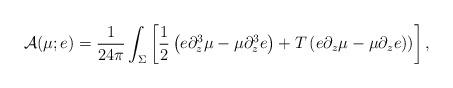
LaTeX: \begin{align*}{\cal A}(\mu;e)={1\over 24\pi}\int_\Sigma\left[{1\over 2} \left(e\partial_z^3\mu-\mu\partial_z^3 e\right)+T\left(e\partial_z\mu-\mu\partial_z e)\right)\right],\end{align*}